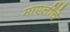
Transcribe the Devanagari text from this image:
माएलींचे